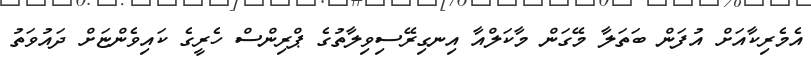
އެމެރިކާއަށް އުފަން ބަތަލާ މޭގަން މާކަލްއާ އިނގިރޭސިވިލާތުގެ ޕްރިންސް ހެރީގެ ކައިވެންޏަށް ދައުވަތު